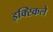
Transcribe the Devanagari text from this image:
इक्स्किले